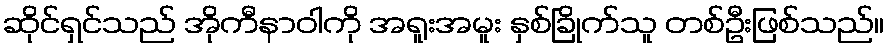
ဆိုင်ရှင်သည် အိုကီနာဝါကို အရူးအမူး နှစ်ခြိုက်သူ တစ်ဦးဖြစ်သည်။